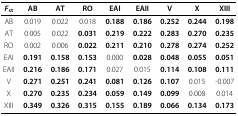
| Fst | AB | AT | RO | EAI | EAII | V | X | XIII |
 | --- | --- | --- | --- | --- | --- | --- | --- | --- |
 | AB | 0.019 | 0.022 | 0.018 | 0.188 | 0.186 | 0.252 | 0.244 | 0.198 |
 | AT | 0.005 | 0.022 | 0.031 | 0.219 | 0.222 | 0.283 | 0.270 | 0.235 |
 | RO | 0.002 | 0.006 | 0.022 | 0.211 | 0.210 | 0.278 | 0.274 | 0.252 |
 | EAI | 0.191 | 0.158 | 0.153 | 0.000 | 0.028 | 0.048 | 0.055 | 0.051 |
 | EAII | 0.216 | 0.186 | 0.171 | 0.027 | 0.015 | 0.114 | 0.108 | 0.111 |
 | V | 0.271 | 0.251 | 0.241 | 0.081 | 0.126 | 0.107 | 0.015 | -0.007 |
 | X | 0.270 | 0.235 | 0.234 | 0.059 | 0.149 | 0.099 | 0.008 | 0.014 |
 | XIII | 0.349 | 0.326 | 0.315 | 0.155 | 0.189 | 0.066 | 0.134 | 0.173 |